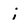
Character: i